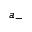
a _ { - }